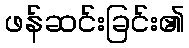
ဖန်ဆင်းခြင်း၏